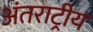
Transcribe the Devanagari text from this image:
अंतराट्रीय